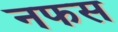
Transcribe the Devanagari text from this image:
नफस